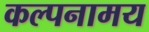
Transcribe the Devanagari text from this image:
कल्पनामय